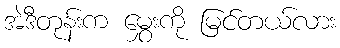
အဲဒီတုန်းက မွှေးကို မြင်တယ်လား